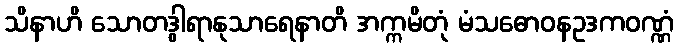
သိနာဟိ သောတဒွါရာနုသာရေနာတိ အက္ကမိတုံ မံသဓောဝနဥဒကဝဏ္ဏံ